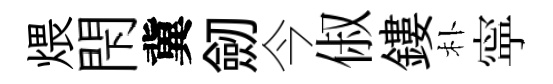
煨閇冀劒今俶鏤朴寜